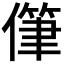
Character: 𰂯